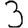
Digit: 3